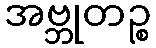
အဗ္ဘုတဉ္စ